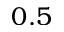
0 . 5